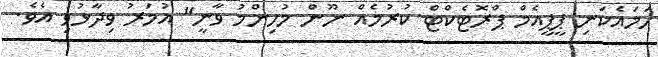
ހަމައެކަނި ޕީޕީއެމް ޕްރޮޓެކްޓް ކުރުމެއް ނޫން މުހިންމު ވާނީ" އުމަރު ވިދާޅުވި އެވެ.